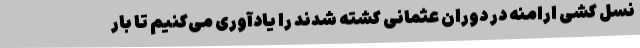
نسل کشی ارامنه در دوران عثمانی کشته شدند را یادآوری می‌کنیم تا بار